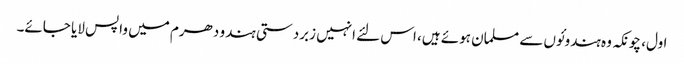
اول، چونکہ وہ ہندوئوں سے مسلمان ہوئے ہیں، اس لئے انہیں زبردستی ہندو دھرم میں واپس لایا جائے۔